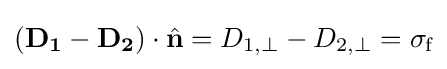
(\mathbf {D_{1}} -\mathbf {D_{2}} )\cdot {\hat {\mathbf {n} }}=D_{1,\perp }-D_{2,\perp }=\sigma _{\text{f}}